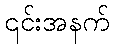
၎င်းအနက်